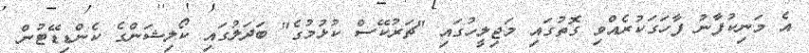
އެ މަނިކުފާނު ފާހަގަކުރެއްވި ގޮތުގައި މަޖިލީހުގައި "ޗަރުކޭސް ކުޅުމުގެ" ބަދަލުގައި ކޯލިޝަންގެ ކެންޑިޑޭޓުން